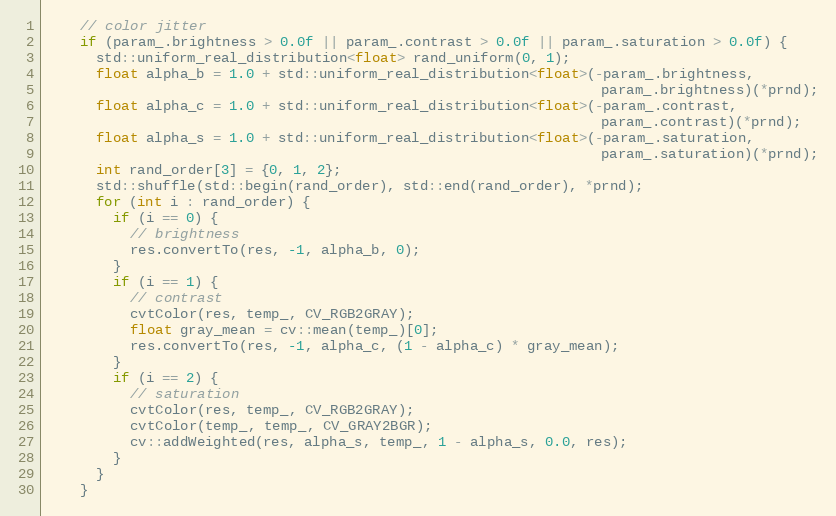
Language: C++
    // color jitter
    if (param_.brightness > 0.0f || param_.contrast > 0.0f || param_.saturation > 0.0f) {
      std::uniform_real_distribution<float> rand_uniform(0, 1);
      float alpha_b = 1.0 + std::uniform_real_distribution<float>(-param_.brightness,
                                                                  param_.brightness)(*prnd);
      float alpha_c = 1.0 + std::uniform_real_distribution<float>(-param_.contrast,
                                                                  param_.contrast)(*prnd);
      float alpha_s = 1.0 + std::uniform_real_distribution<float>(-param_.saturation,
                                                                  param_.saturation)(*prnd);
      int rand_order[3] = {0, 1, 2};
      std::shuffle(std::begin(rand_order), std::end(rand_order), *prnd);
      for (int i : rand_order) {
        if (i == 0) {
          // brightness
          res.convertTo(res, -1, alpha_b, 0);
        }
        if (i == 1) {
          // contrast
          cvtColor(res, temp_, CV_RGB2GRAY);
          float gray_mean = cv::mean(temp_)[0];
          res.convertTo(res, -1, alpha_c, (1 - alpha_c) * gray_mean);
        }
        if (i == 2) {
          // saturation
          cvtColor(res, temp_, CV_RGB2GRAY);
          cvtColor(temp_, temp_, CV_GRAY2BGR);
          cv::addWeighted(res, alpha_s, temp_, 1 - alpha_s, 0.0, res);
        }
      }
    }